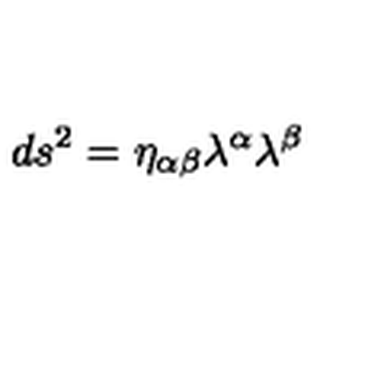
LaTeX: d s ^ { 2 } = \eta _ { \alpha \beta } \lambda ^ { \alpha } \lambda ^ { \beta }